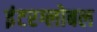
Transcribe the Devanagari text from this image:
इंटरग्लोबल